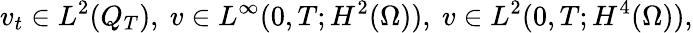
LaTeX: v_{t}\in L^{2}(Q_{T}),\ v\in L^{\infty}(0,T;H^{2}(\Omega)),\ v\in L^{2}(0,T;H^{4}(\Omega)),